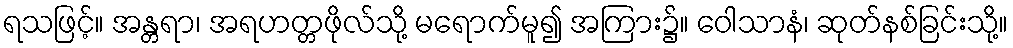
ရသဖြင့်။ အန္တရာ၊ အရဟတ္တဖိုလ်သို့ မရောက်မူ၍ အကြား၌။ ဝေါသာနံ၊ ဆုတ်နစ်ခြင်းသို့။